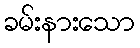
ခမ်းနားသော